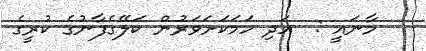
މާނައީ :  އަދި ހަމަކަށަވަރުން ކަލޭގެފާނުގެ ކުރީގެ